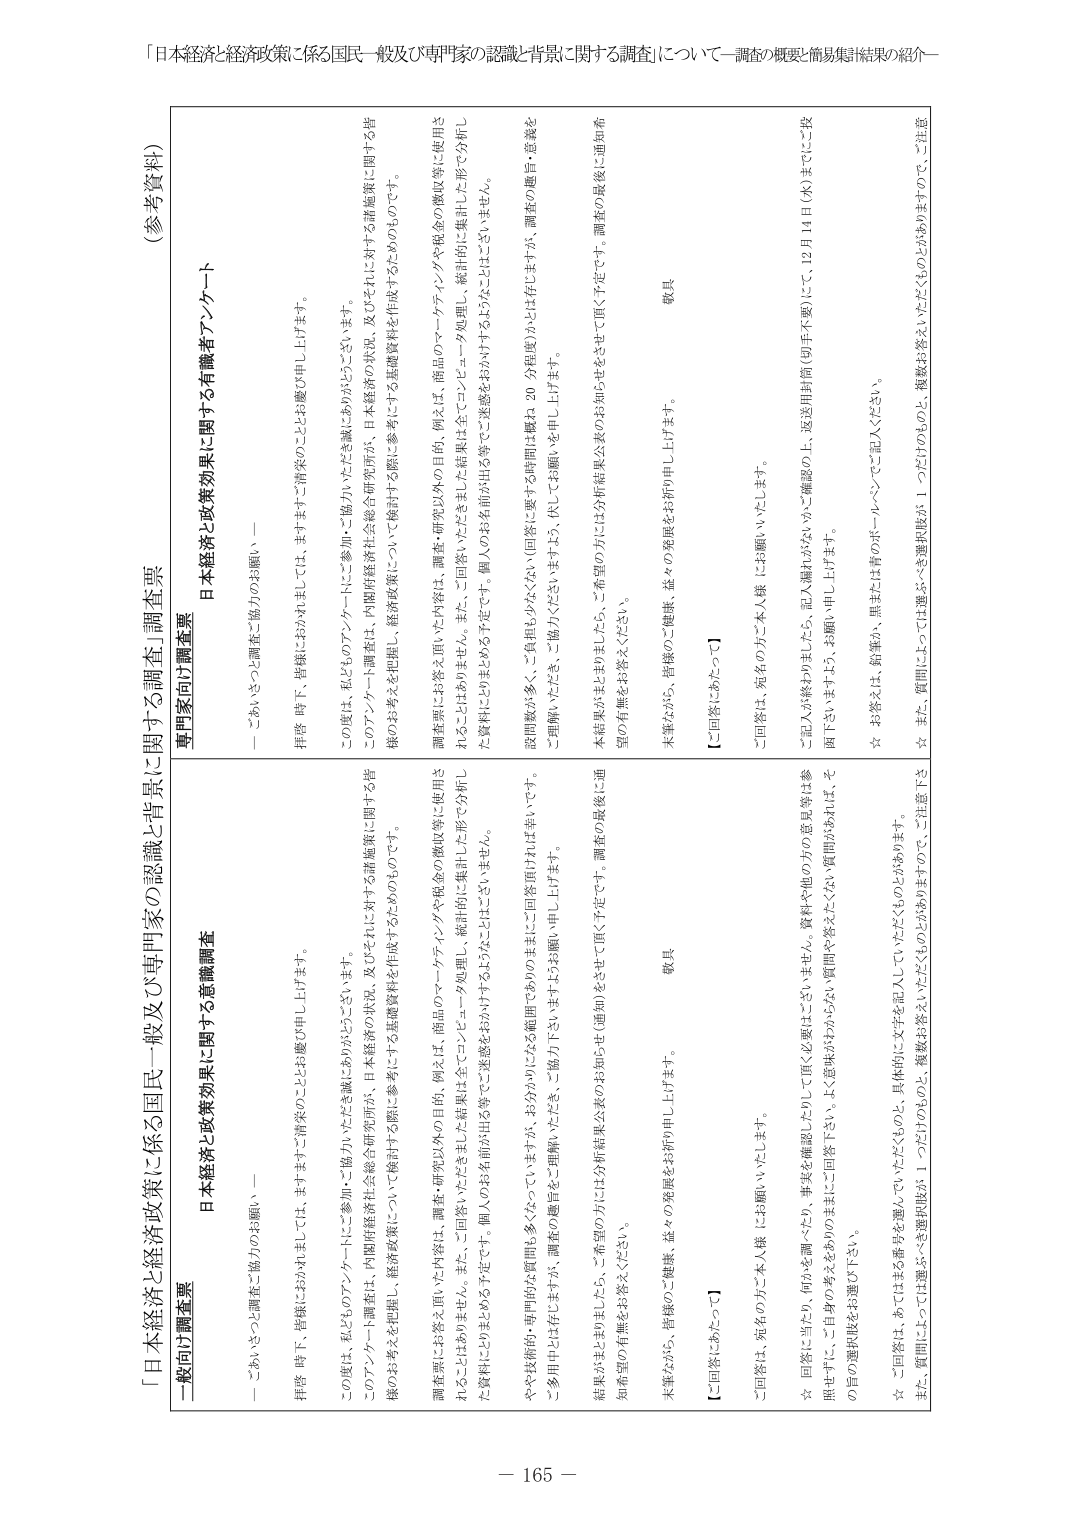
「日本経済と経済政策に係る国民一般及び専門家の認識と背景に関する調査」について－調査の概要と簡易集計結果の紹介－

（参考資料）

一般向け調査票
日本経済と政策効果に関する意識調査
－ごあいさつと調査ご協力のお願い－
拝啓 時下、皆様におかれましては、ますますご清栄のこととお慶び申し上げます。
この度は、私どものアンケートにご参加・ご協力いただき誠にありがとうございます。
このアンケート調査は、内閣府経済社会総合研究所が、日本経済の状況、及びそれに対する諸施策に関する皆様のお考えを把握し、経済政策について検討する際に参考にする基礎資料を作成するためのものです。
調査票にお答え頂いた内容は、調査・研究以外の目的、例えば、商品のマーケティングや税金の徴収等に使用されることはありません。また、ご回答いただきました結果は全てコンピュータ処理し、統計的に集計した形で分析した資料にとりまとめられる予定です。個人のお名前が出る等ご迷惑をおかけするようなことはございません。
やや技術的・専門的な質問も多くなっていますが、お分かりになる範囲でわかり易いままにご回答頂ければ幸いです。
ご多用中とは存じますが、調査の趣旨をご理解いただき、ご協力下さいますようお願い申し上げます。
結果がまとまりましたら、ご希望の方には分析結果公表（通知）をさせて頂く予定です。調査の最後に通知希望の有無をお答えください。
末筆ながら、皆様のご健康、益々の発展をお祈り申し上げます。
敬具

【ご回答にあたって】
ご回答は、宛名の方ご本人様にお願いいたします。
☆ 回答に当たり、何かを調べたり、事実を確認したりして頂く必要はございません。資料や他の方の意見等は参照せず、ご自身の考えをそのままご回答下さい。よく意味がわからない質問や答えたくない質問があれば、その旨の選択肢をお選び下さい。
☆ ご回答は、あてはまる番号を選んでいただき、具体的に文字を記入していただくものとあります。
また、質問によっては選ぶべき選択肢が１つだけのもの、複数お答えいただくものとがありますので、ご注意

専門家向け調査票
日本経済と政策効果に関する有識者アンケート
－ごあいさつと調査ご協力のお願い－
拝啓 時下、皆様におかれましては、ますますご清栄のこととお慶び申し上げます。
この度は、私どものアンケートにご参加・ご協力いただき誠にありがとうございます。
このアンケート調査は、内閣府経済社会総合研究所が、日本経済の状況、及びそれに対する諸施策に関する皆様のお考えを把握し、経済政策について検討する際に参考にする基礎資料を作成するためのものです。
調査票にお答え頂いた内容は、調査・研究以外の目的、例えば、商品のマーケティングや税金の徴収等に使用されることはありません。また、ご回答いただきました結果は全てコンピュータ処理し、統計的に集計した形で分析した資料にとりまとめられる予定です。個人のお名前が出る等ご迷惑をおかけするようなことはございません。
設問数が多く、ご負担も少なくない（回答に要する時間は概ね 20 分程度）かとは存じますか、調査の趣旨・意義をご理解いただき、ご協力くださいますよう、伏してお願い申し上げます。
本結果がまとまりましたら、ご希望の方には分析結果公表のお知らせをさせて頂く予定です。調査の最後に通知希望の有無をお答えください。
末筆ながら、皆様のご健康、益々の発展をお祈り申し上げます。
敬具

【ご回答にあたって】
ご回答は、宛名の方ご本人様にお願いいたします。
ご記入が終わりましたら、記入欄がかなりマスに確認の上、返送用封筒（切手不要）にて、12月1日（水）までにご投函下さいますよう、お願い申し上げます。
☆ お答えは、鉛筆か、黒または青のボールペンでご記入ください。
☆ また、質問には一つだけのもの、複数お答えいただくものとがありますので、ご注意

－ 165 －